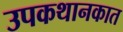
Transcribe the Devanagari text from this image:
उपकथानकात